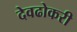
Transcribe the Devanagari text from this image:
देवढोकरी